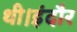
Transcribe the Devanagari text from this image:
थी।इंदौर